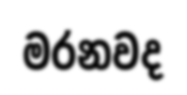
මරනවද